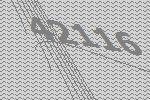
42116